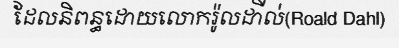
ដែលនិពន្ធដោយលោករ៉ូលដីាល់(Roald Dahl)